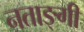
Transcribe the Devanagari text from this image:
नताङ्गी